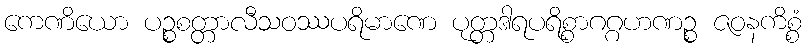
ကေဏိယော ပဉ္စစတ္တာလီသဝဿပရိမာဏေ ပုတ္တဒါရပရိစ္စာဂဂ္ဂဟဏဉ္စ ဇဝနကိစ္စံ